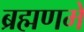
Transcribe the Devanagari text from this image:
ब्रह्मणमे